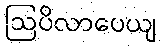
ဩပိလာပေယျ